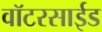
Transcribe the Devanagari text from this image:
वॉटरसाईड